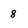
Character: 8